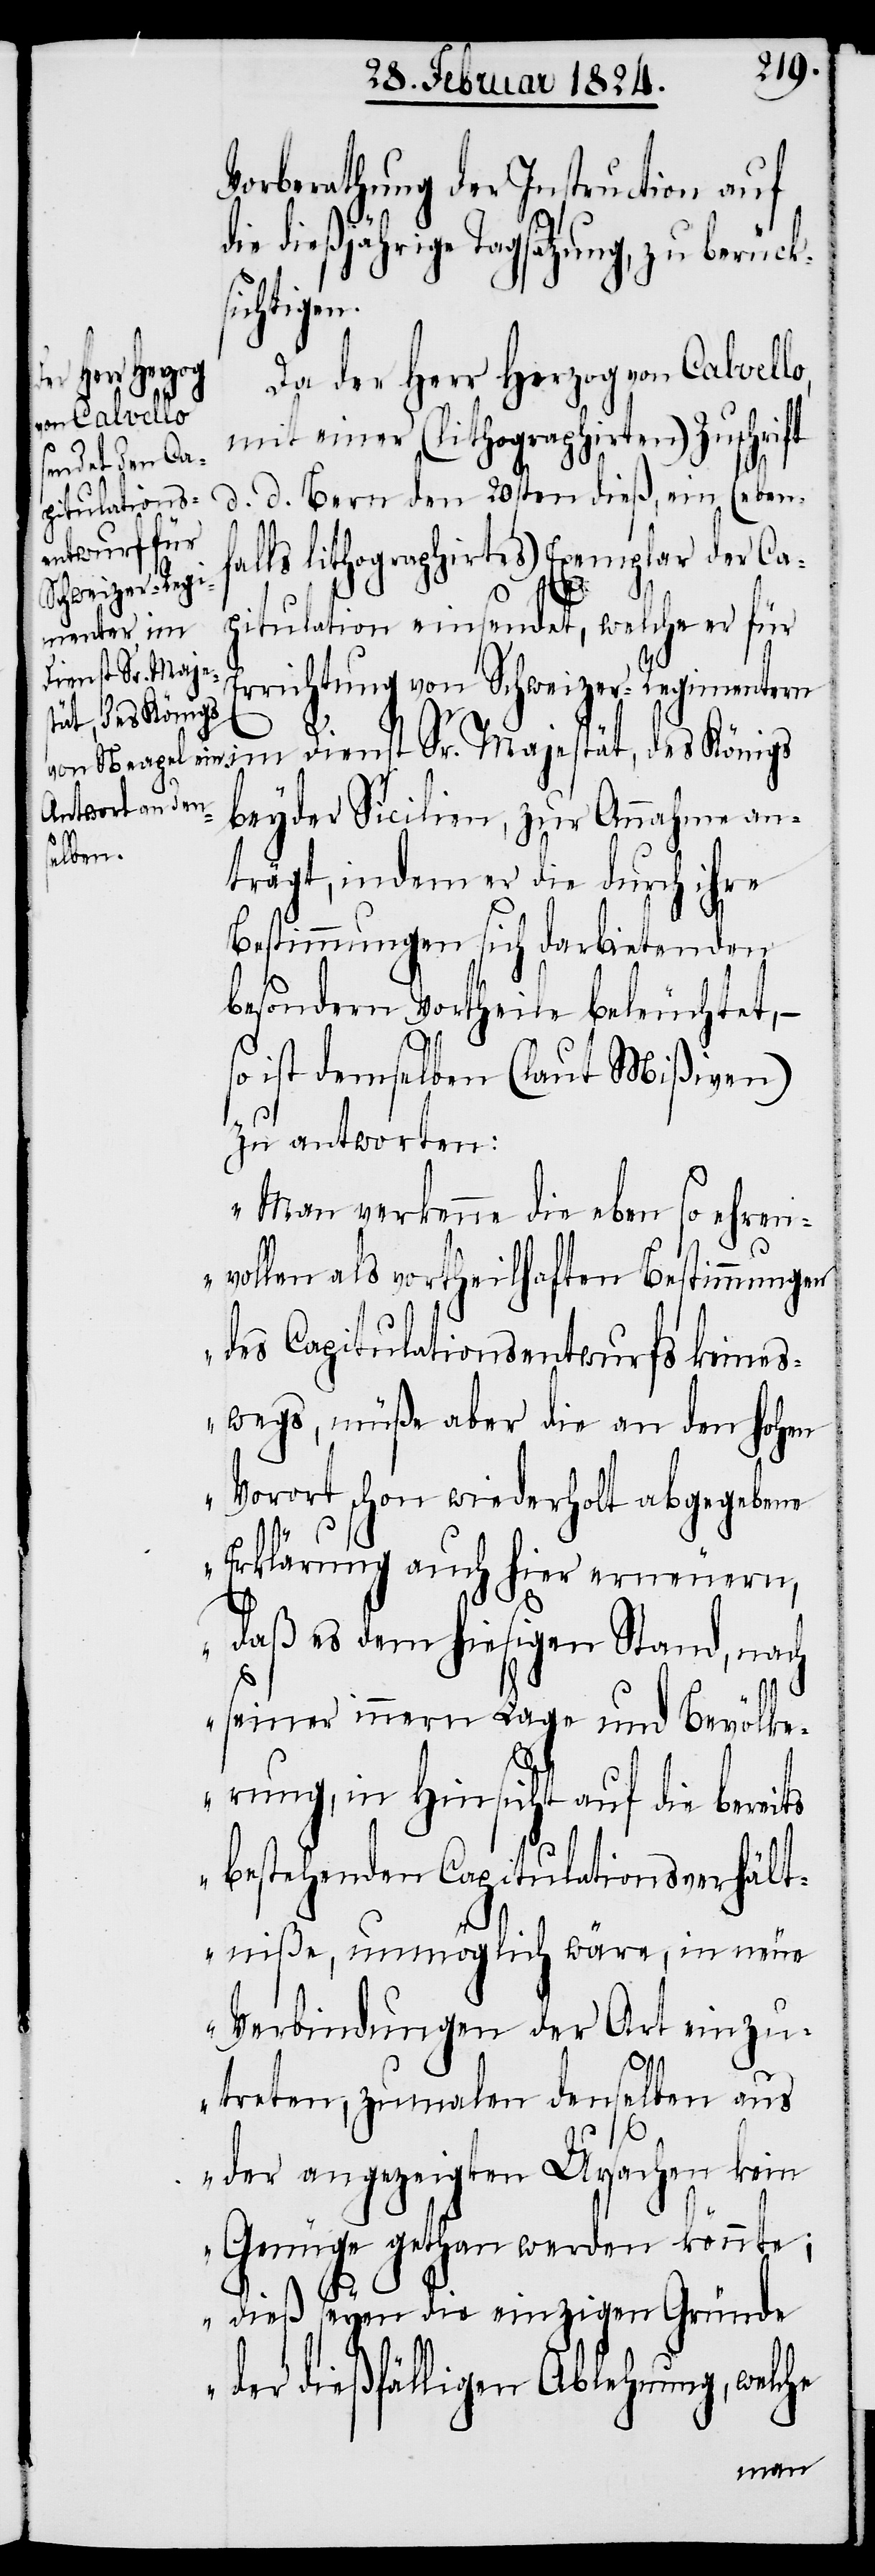
en.

Vorberathung der Instruction auf
die dießjährige Tagsatzung, zu berück¬
sichtig¬
Da der Herr Herzog von Calvello
mit einer (lithographirten) Zuschrift
d. d. Bern den 20sten dieß, ein (eben¬
falls lithographirtes) Exemplar der Ca¬
pitulation einsendet, welche er für
Errichtung von Schweizer-Regimentern
im Dienst Sr. Majestät, des Königs
beyder Sicilien, zur Annahme an¬
trägt, indem er die durch ihre
Bestimmungen sich darbietenden
besondern Vortheile beleuchtet, –
ist demselben (laut Mißiven)
zu antworten:
„Man verkenne die eben so ehren¬
vollen als vortheilhaften Bestimmungen
des Capitulationsentwurfs keine¬
wegs, müße aber an den hohen
Vorort schon wiederholt abgegebene
Erklärung auch hier erneuern,
daß es dem hiesigen Stand, nach
seiner innern Lage und Bevölke¬
rung, in Hinsicht auf die bereits
bestehenden Capitulationsverhält¬
niße, unmöglich wäre, in neue
Verbindungen der Art einzu¬
treten, zumalen denselben aus
der angezeigten Ursachen kein
Genüge gethan werden könnte;
dieß seyen die einzigen Gründe
der dießfälligen Ablehnung, welche